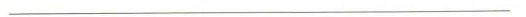
___